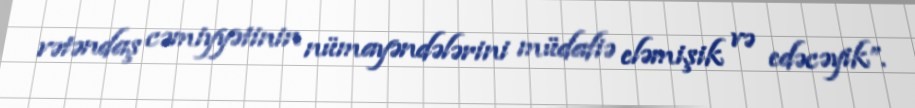
vətəndaş cəmiyyətinin nümayəndələrini müdafiə eləmişik və edəcəyik”.